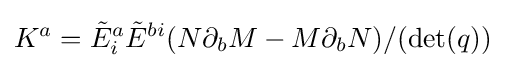
K^{a}={\tilde {E}}_{i}^{a}{\tilde {E}}^{bi}(N\partial _{b}M-M\partial _{b}N)/(\det(q))